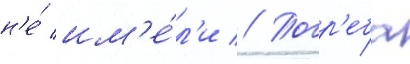
н'е́ им'е́л'и // Погр'еба